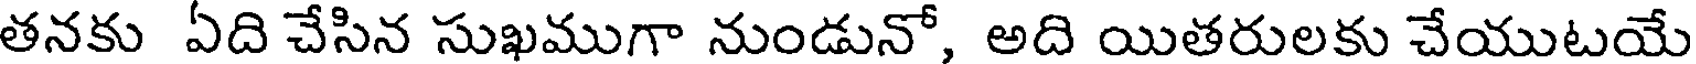
తనకు ఏది చేసిన సుఖముగా నుండునో, అది యితరులకు చేయుటయే